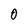
Character: 0